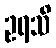
ဥရသိ